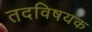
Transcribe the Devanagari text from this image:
तदविषयक